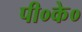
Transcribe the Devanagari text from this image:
पी०के०